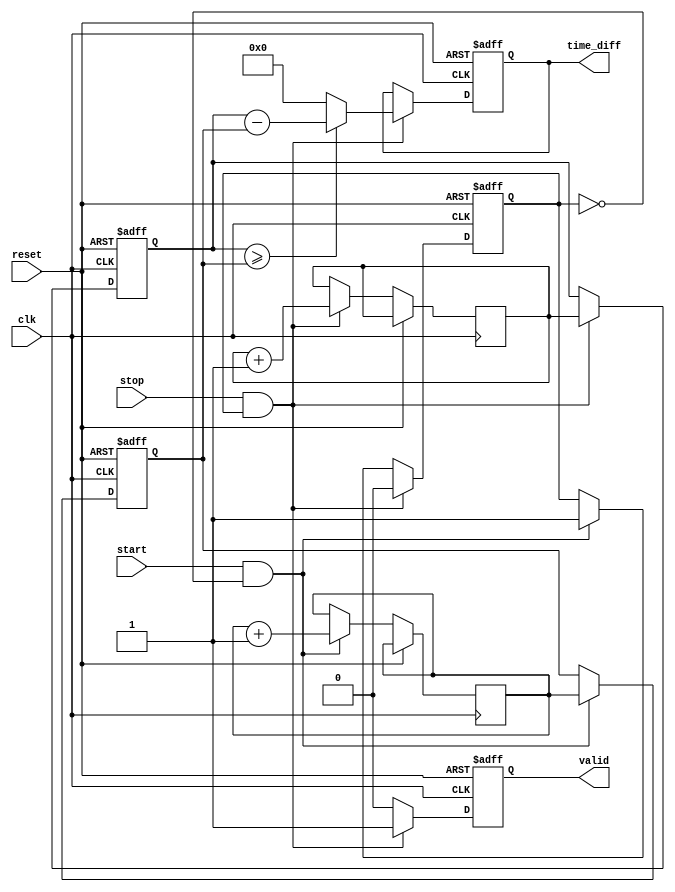
module TDC (
    input wire clk,               // Synchronized clock signal
    input wire reset,             // Reset signal
    input wire start,             // Start signal
    input wire stop,              // Stop signal
    output reg [15:0] time_diff,  // Time difference output
    output reg valid              // Valid output flag
);

    // Internal signals
    reg [15:0] start_time;        // Timestamp for start event
    reg [15:0] stop_time;         // Timestamp for stop event
    reg capturing;                // State to indicate capturing mode

    // Memory block to store timestamps (dual-port or FIFO can be implemented)
    reg [15:0] timestamp_memory [0:1]; // Simple dual-port memory for two timestamps

    // State machine for control logic
    always @(posedge clk or posedge reset) begin
        if (reset) begin
            start_time <= 16'b0;
            stop_time <= 16'b0;
            time_diff <= 16'b0;
            valid <= 1'b0;
            capturing <= 1'b0;
        end else begin
            if (start && !capturing) begin
                // Capture start timestamp
                start_time <= timestamp_memory[0]; // Simulate timestamp capture
                timestamp_memory[0] <= timestamp_memory[0] + 1; // Increment timestamp
                capturing <= 1'b1; // Enter capturing mode
            end
            
            if (stop && capturing) begin
                // Capture stop timestamp
                stop_time <= timestamp_memory[1]; // Simulate timestamp capture
                timestamp_memory[1] <= timestamp_memory[1] + 1; // Increment timestamp
                capturing <= 1'b0; // Exit capturing mode

                // Calculate time difference
                if (stop_time >= start_time) begin
                    time_diff <= stop_time - start_time; // Calculate time interval
                end else begin
                    time_diff <= 16'b0; // Handle overflow or invalid case
                end
                
                valid <= 1'b1; // Indicate valid output
            end else begin
                valid <= 1'b0; // Reset valid flag if not capturing
            end
        end
    end

endmodule